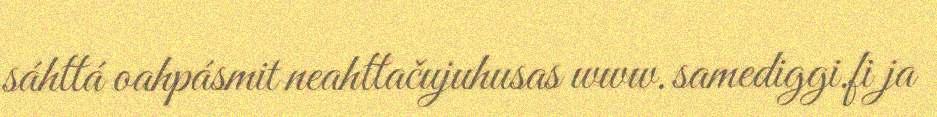
sáhttá oahpásmit neahttačujuhusas www.samediggi.fi ja